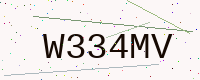
Text: W334MV